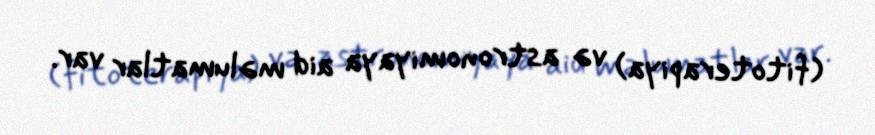
(fitoterapiya) və astronomiyaya aid məlumatlar var.